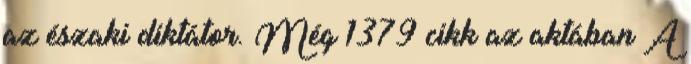
az északi diktátor. Még 1379 cikk az aktában A